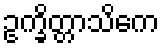
ဥက္ခိတ္တာသိကေ